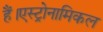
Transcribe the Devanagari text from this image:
हैं।एस्ट्रोनामिकल